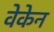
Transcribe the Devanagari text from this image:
वेकेन